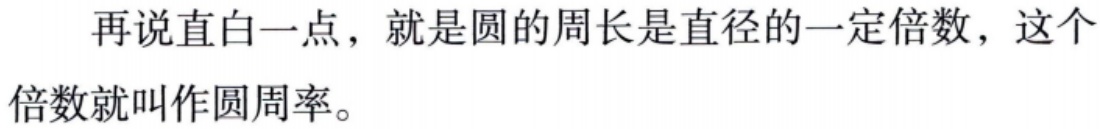
再说直白一点，就是圆的周长是直径的一定倍数，这个倍数就叫作圆周率。